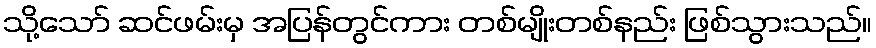
သို့သော် ဆင်ဖမ်းမှ အပြန်တွင်ကား တစ်မျိုးတစ်နည်း ဖြစ်သွားသည်။